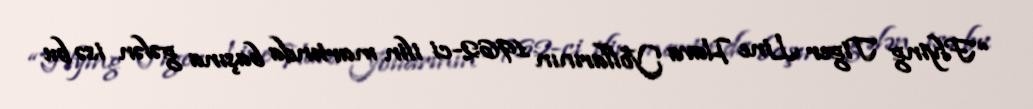
“Flying Tiger Line Hava Yollarının 1962-ci ilin martında başına gələn isə bu